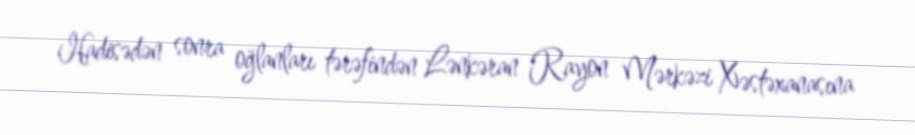
Hadisədən sonra oğlanları tərəfindən Lənkəran Rayon Mərkəzi Xəstəxanasına